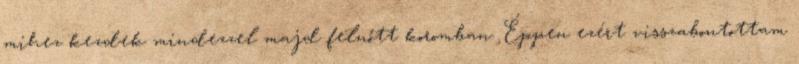
mihez kezdek mindezzel majd felnőtt koromban. Éppen ezért visszabontottam